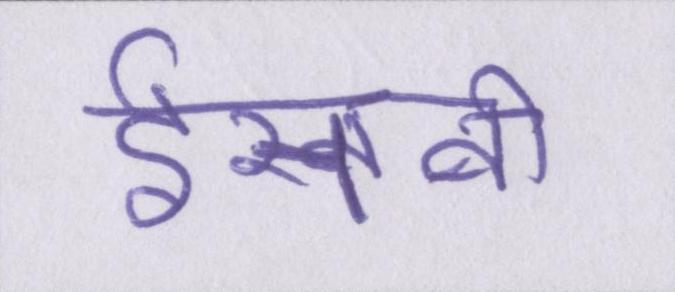
ईसवी